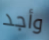
وأجد